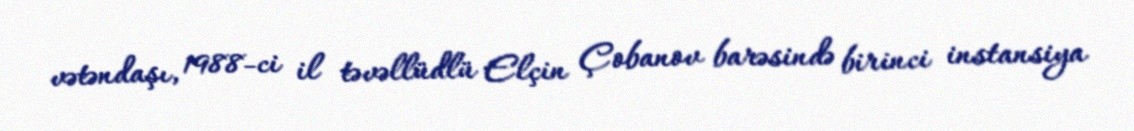
vətəndaşı, 1988-ci il təvəllüdlü Elçin Çobanov barəsində birinci instansiya